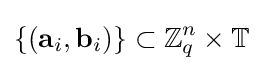
\{(\mathbf {a} _{i},\mathbf {b} _{i})\}\subset \mathbb {Z} _{q}^{n}\times \mathbb {T}